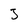
Character: 3